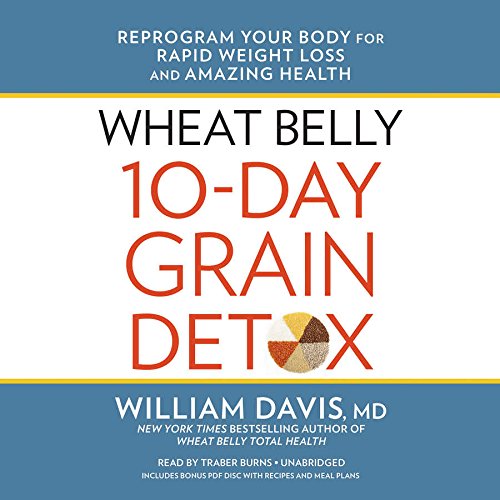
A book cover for Wheat Belly 10-Day Grain Detox: Reprogram Your Body for Rapid Weight Loss and Amazing Health; William Davis; Health, Fitness & Dieting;